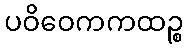
ပဝိဝေကကထဉ္စ